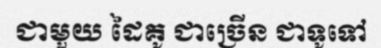
ជាមួយ ដៃគូ ជាច្រើន ជាទូទៅ